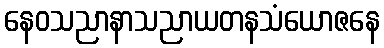
နေဝသညာနာသညာယတနသံယောဇနေ